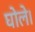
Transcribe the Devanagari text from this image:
घोले।